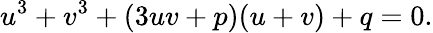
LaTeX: u^{3}+v^{3}+(3uv+p)(u+v)+q=0.